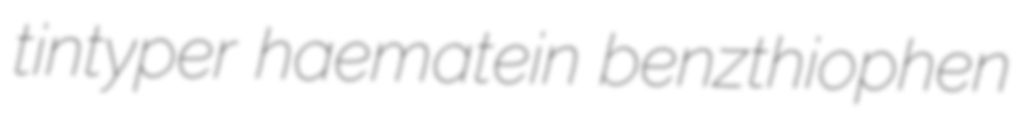
tintyper haematein benzthiophen